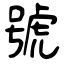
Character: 號